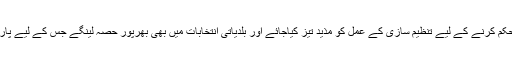
انہوں نے کہاکہ پارٹی کو ضلع کی سطح پر مذید فعال اور مستحکم کرنے کے لیے تنظیم سازی کے عمل کو مذید تیز کیاجائے اور بلدیاتی انتخابات میں بھی بھرپور حصہ لینگے جس کے لیے پارٹی رہنماؤں اور ورکرز کو عوامی رابط کاری کوبڑھایا جائے۔